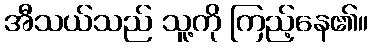
အီသယ်သည် သူ့ကို ကြည့်နေ၏။